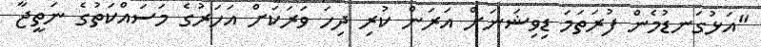
"އަޅުގަނޑުމެން ފުރަތަމަ ޑިވިޝަނަށް އަރަން ކުރި ދިހަ ވަރަކަށް އަހަރުގެ މަސައްކަތުގެ ނަތީޖާ